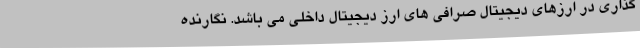
گذاری در ارزهای دیجیتال صرافی های ارز دیجیتال داخلی می باشد. نگارنده